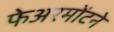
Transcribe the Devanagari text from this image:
फेअरमोंटने